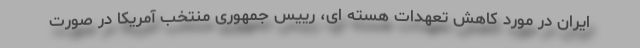
ایران در مورد کاهش تعهدات هسته ای، رییس جمهوری منتخب آمریکا در صورت